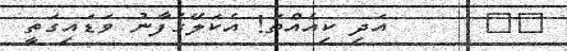
٣٧      އަދި ކިއެއްތަ! އެކަލޭގެފާނު ވަޑައިގަތީ